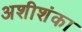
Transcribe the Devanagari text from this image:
अशीशंका